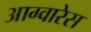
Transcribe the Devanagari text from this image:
आग्वारेस